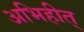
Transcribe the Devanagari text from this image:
अभिहीत्